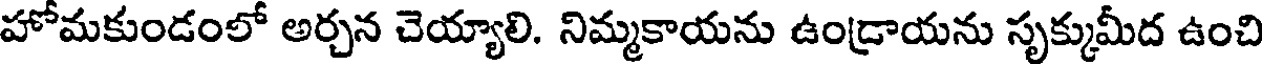
హోమకుండంలో అర్చన చెయ్యాలి. నిమ్మకాయను ఉండ్రాయను సృక్కుమీద ఉంచి